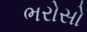
ભરોસો